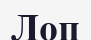
Лоп